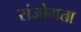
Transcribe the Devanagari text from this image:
संजोगता